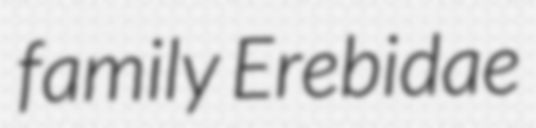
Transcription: family Erebidae